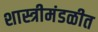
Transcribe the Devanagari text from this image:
शास्त्रीमंडळीत